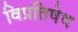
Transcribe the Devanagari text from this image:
विप्रतिषेध